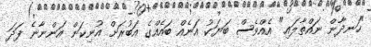
"ހަނދާން ނައްތާލައި" އެއްވެސް ބަޔަކު އަނެއް ބައެއްގެ އަބުރަށް އުނިކަން އަންނާނެ ފަދަ